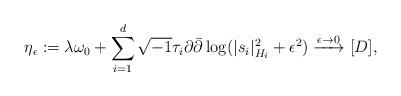
LaTeX: \begin{align*}\eta_{\epsilon}:=\lambda \omega_0+\sum_{i=1}^d\sqrt{-1}\tau_i \partial \bar{\partial} \log (|s_i|_{H_i}^2+\epsilon^2) \xrightarrow{\epsilon \to 0} [D],\end{align*}